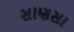
સાણસા